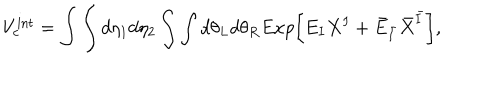
V _ { c } ^ { \mathrm { i n t } } = \int \int d \eta _ { 1 } d \eta _ { 2 } \int \int d \theta _ { L } d \theta _ { R } E x p \biggl [ E _ { I } X ^ { I } + { \bar { E } } _ { \bar { I } } { \bar { X } } ^ { \bar { I } } \biggr ] ,